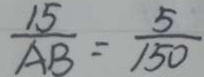
\frac { 1 5 } { A B } = \frac { 5 } { 1 5 0 }